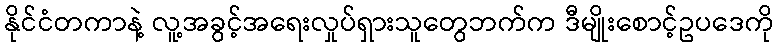
နိုင်ငံတကာနဲ့ လူ့အခွင့်အရေးလှုပ်ရှားသူတွေဘက်က ဒီမျိုးစောင့်ဥပဒေကို